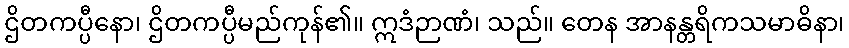
ဌိတကပ္ပီနော၊ ဌိတကပ္ပီမည်ကုန်၏။ ဣဒံဉာဏံ၊ သည်။ တေန အာနန္တရိကသမာဓိနာ၊